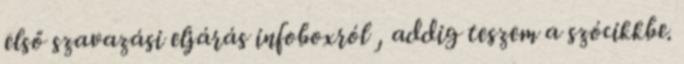
első szavazási eljárás infoboxról , addig teszem a szócikkbe.